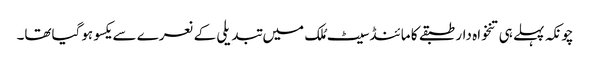
چونکہ پہلے ہی تنخواہ دار طبقے کا مائنڈسیٹ مُلک میں تبدیلی کے نعرے سے یکسو ہوگیاتھا۔